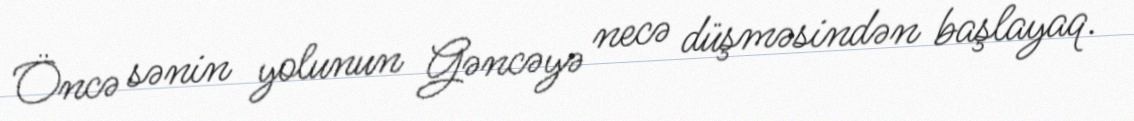
Öncə sənin yolunun Gəncəyə necə düşməsindən başlayaq.